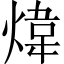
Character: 煒